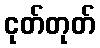
ငုတ်တုတ်